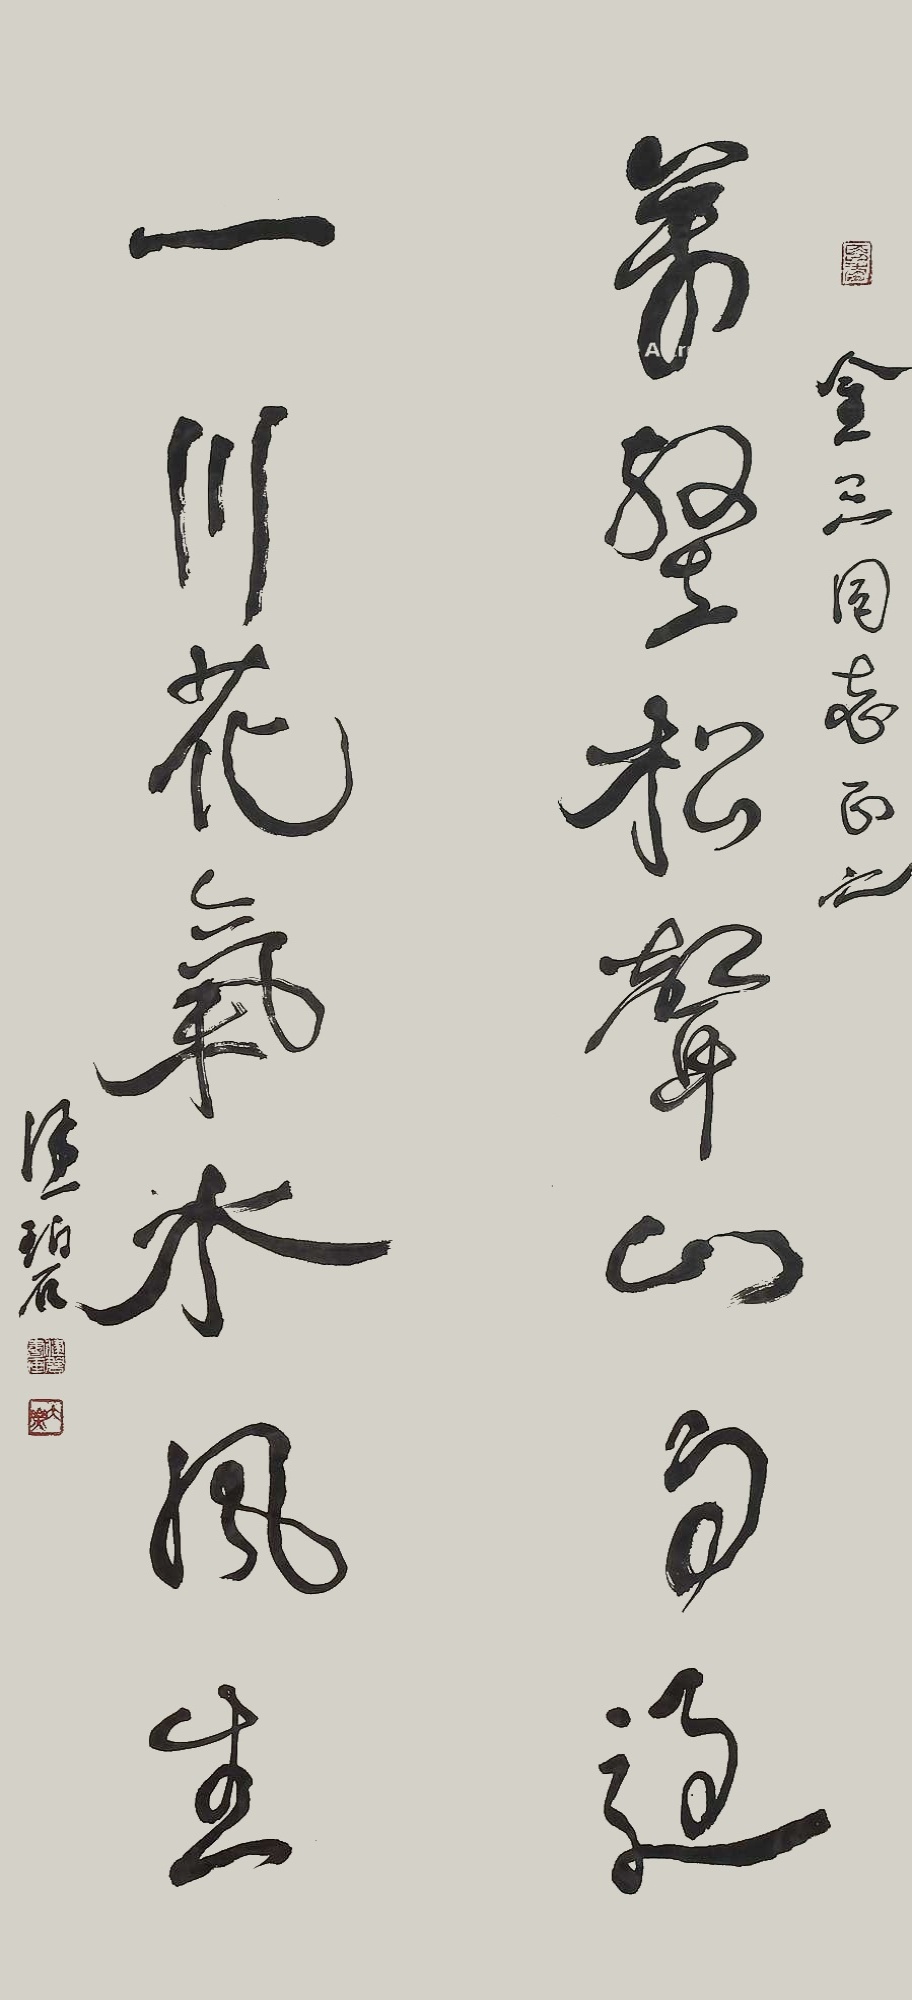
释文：万壑松声山雨过，一川花气水风生。金三同志正之，健碧。